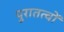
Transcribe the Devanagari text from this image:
पुरातत्वों